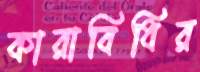
কারাবিধির